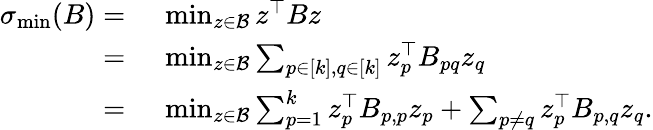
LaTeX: \begin{array}{rl}{\sigma_{\operatorname*{min}}(B)=}&{~\operatorname*{min}_{z\in{\cal B}}z^{\top}Bz}\\ {=}&{~\operatorname*{min}_{z\in{\cal B}}\sum_{p\in[k],q\in[k]}z_{p}^{\top}B_{pq}z_{q}}\\ {=}&{~\operatorname*{min}_{z\in{\cal B}}\sum_{p=1}^{k}z_{p}^{\top}B_{p,p}z_{p}+\sum_{p\neq q}z_{p}^{\top}B_{p,q}z_{q}.}\end{array}